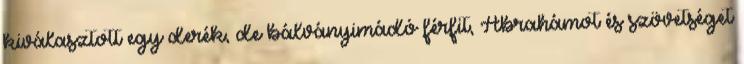
kiválasztott egy derék, de bálványimádó férfit, Ábrahámot és szövetséget